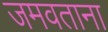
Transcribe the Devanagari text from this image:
जमवताना